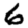
Digit: 6